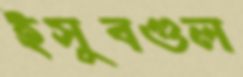
ইসুবগুল